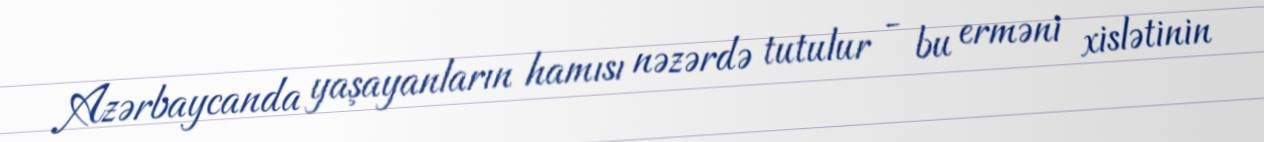
Azərbaycanda yaşayanların hamısı nəzərdə tutulur - bu erməni xislətinin